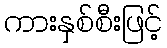
ကားနှစ်စီးဖြင့်